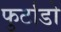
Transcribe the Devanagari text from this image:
फुर्टाडो